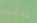
خارقين